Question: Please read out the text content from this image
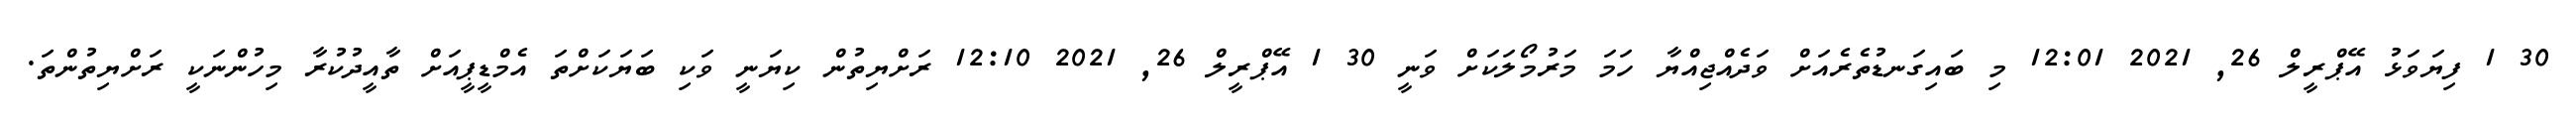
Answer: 30 1 ފިޔަވަޅު އޭޕްރީލް 26, 2021 12:01 މި ބައިގަނޑުތެރެއަށް ވަދެއްޖިއްޔާ ހަމަ މަރުމޯލަކަށް ވަނީ 30 1 އޭޕްރީލް 26, 2021 12:10 ރަށްޔިތުން ކިޔަނީ ވަކި ބަޔަކަށްތަ އެމްޑީޕީއަށް ތާއީދުކުރާ މިހުންނަކީ ރަށްޔިތުންތަ.